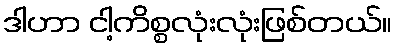
ဒါဟာ ငါ့ကိစ္စလုံးလုံးဖြစ်တယ်။